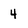
Character: 4